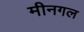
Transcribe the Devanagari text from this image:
मीनगल